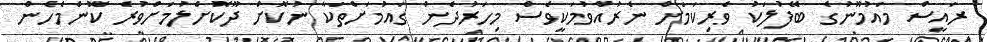
ރައީސް މައުމޫނުގެ ބޭފުލަކު ވެރިކަމަަށް ނެރުއްވުމަކީވެސް މިހަރުދެން ގައުމަށްތަކާ ނުކޮށް ދޫކޮށްލުމަށްވުރެ ކޮންމެހެން